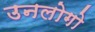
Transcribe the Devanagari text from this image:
उनलोगो